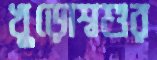
খুড়োশ্বশুর